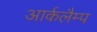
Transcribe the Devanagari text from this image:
आर्कलैम्प